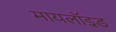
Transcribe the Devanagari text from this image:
मायलॉइड